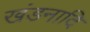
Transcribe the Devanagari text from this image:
खंडनादि